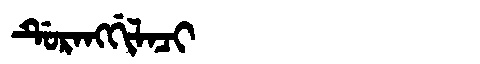
Manchu: ᡩᡠᡵᠠᠩᡤᡳᠯᠠᠴᡳ
Romanization: DURANGGILACI